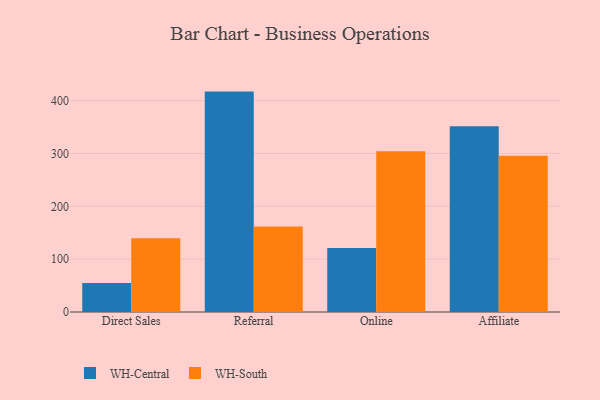
{"axis": {"x": "Channel", "y": "Headcount"}, "legend": ["WH-Central", "WH-South"], "data": [{"x": "Direct Sales", "y": 54.8, "type": "WH-Central"}, {"x": "Direct Sales", "y": 139.5, "type": "WH-South"}, {"x": "Referral", "y": 417.1, "type": "WH-Central"}, {"x": "Referral", "y": 161.7, "type": "WH-South"}, {"x": "Online", "y": 121.3, "type": "WH-Central"}, {"x": "Online", "y": 304.2, "type": "WH-South"}, {"x": "Affiliate", "y": 351.5, "type": "WH-Central"}, {"x": "Affiliate", "y": 295.8, "type": "WH-South"}]}